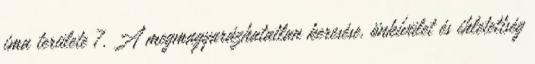
ima területe 7. A megmagyarázhatatlan keresése, önkívület és ihletettség